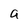
Character: a